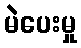
မဲပေးမှု